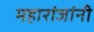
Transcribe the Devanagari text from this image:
महारांजांनी